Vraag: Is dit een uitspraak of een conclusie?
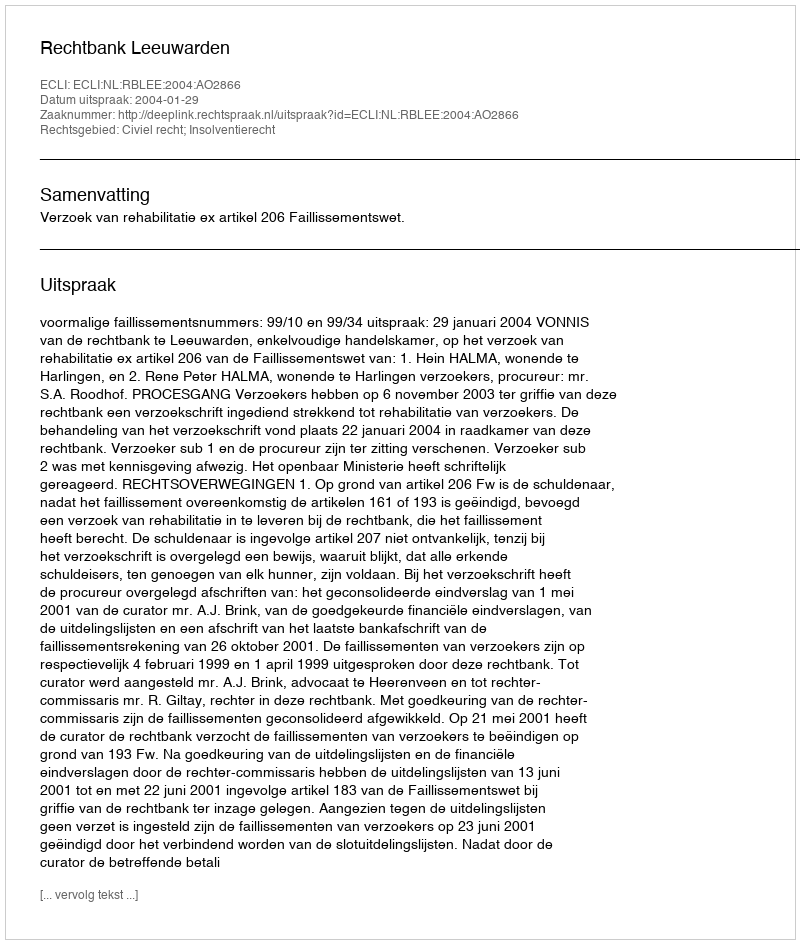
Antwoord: Uitspraak